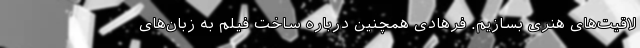
لاقیت‌های هنری بسازیم. فرهادی همچنین درباره ساخت فیلم به زبان‌های